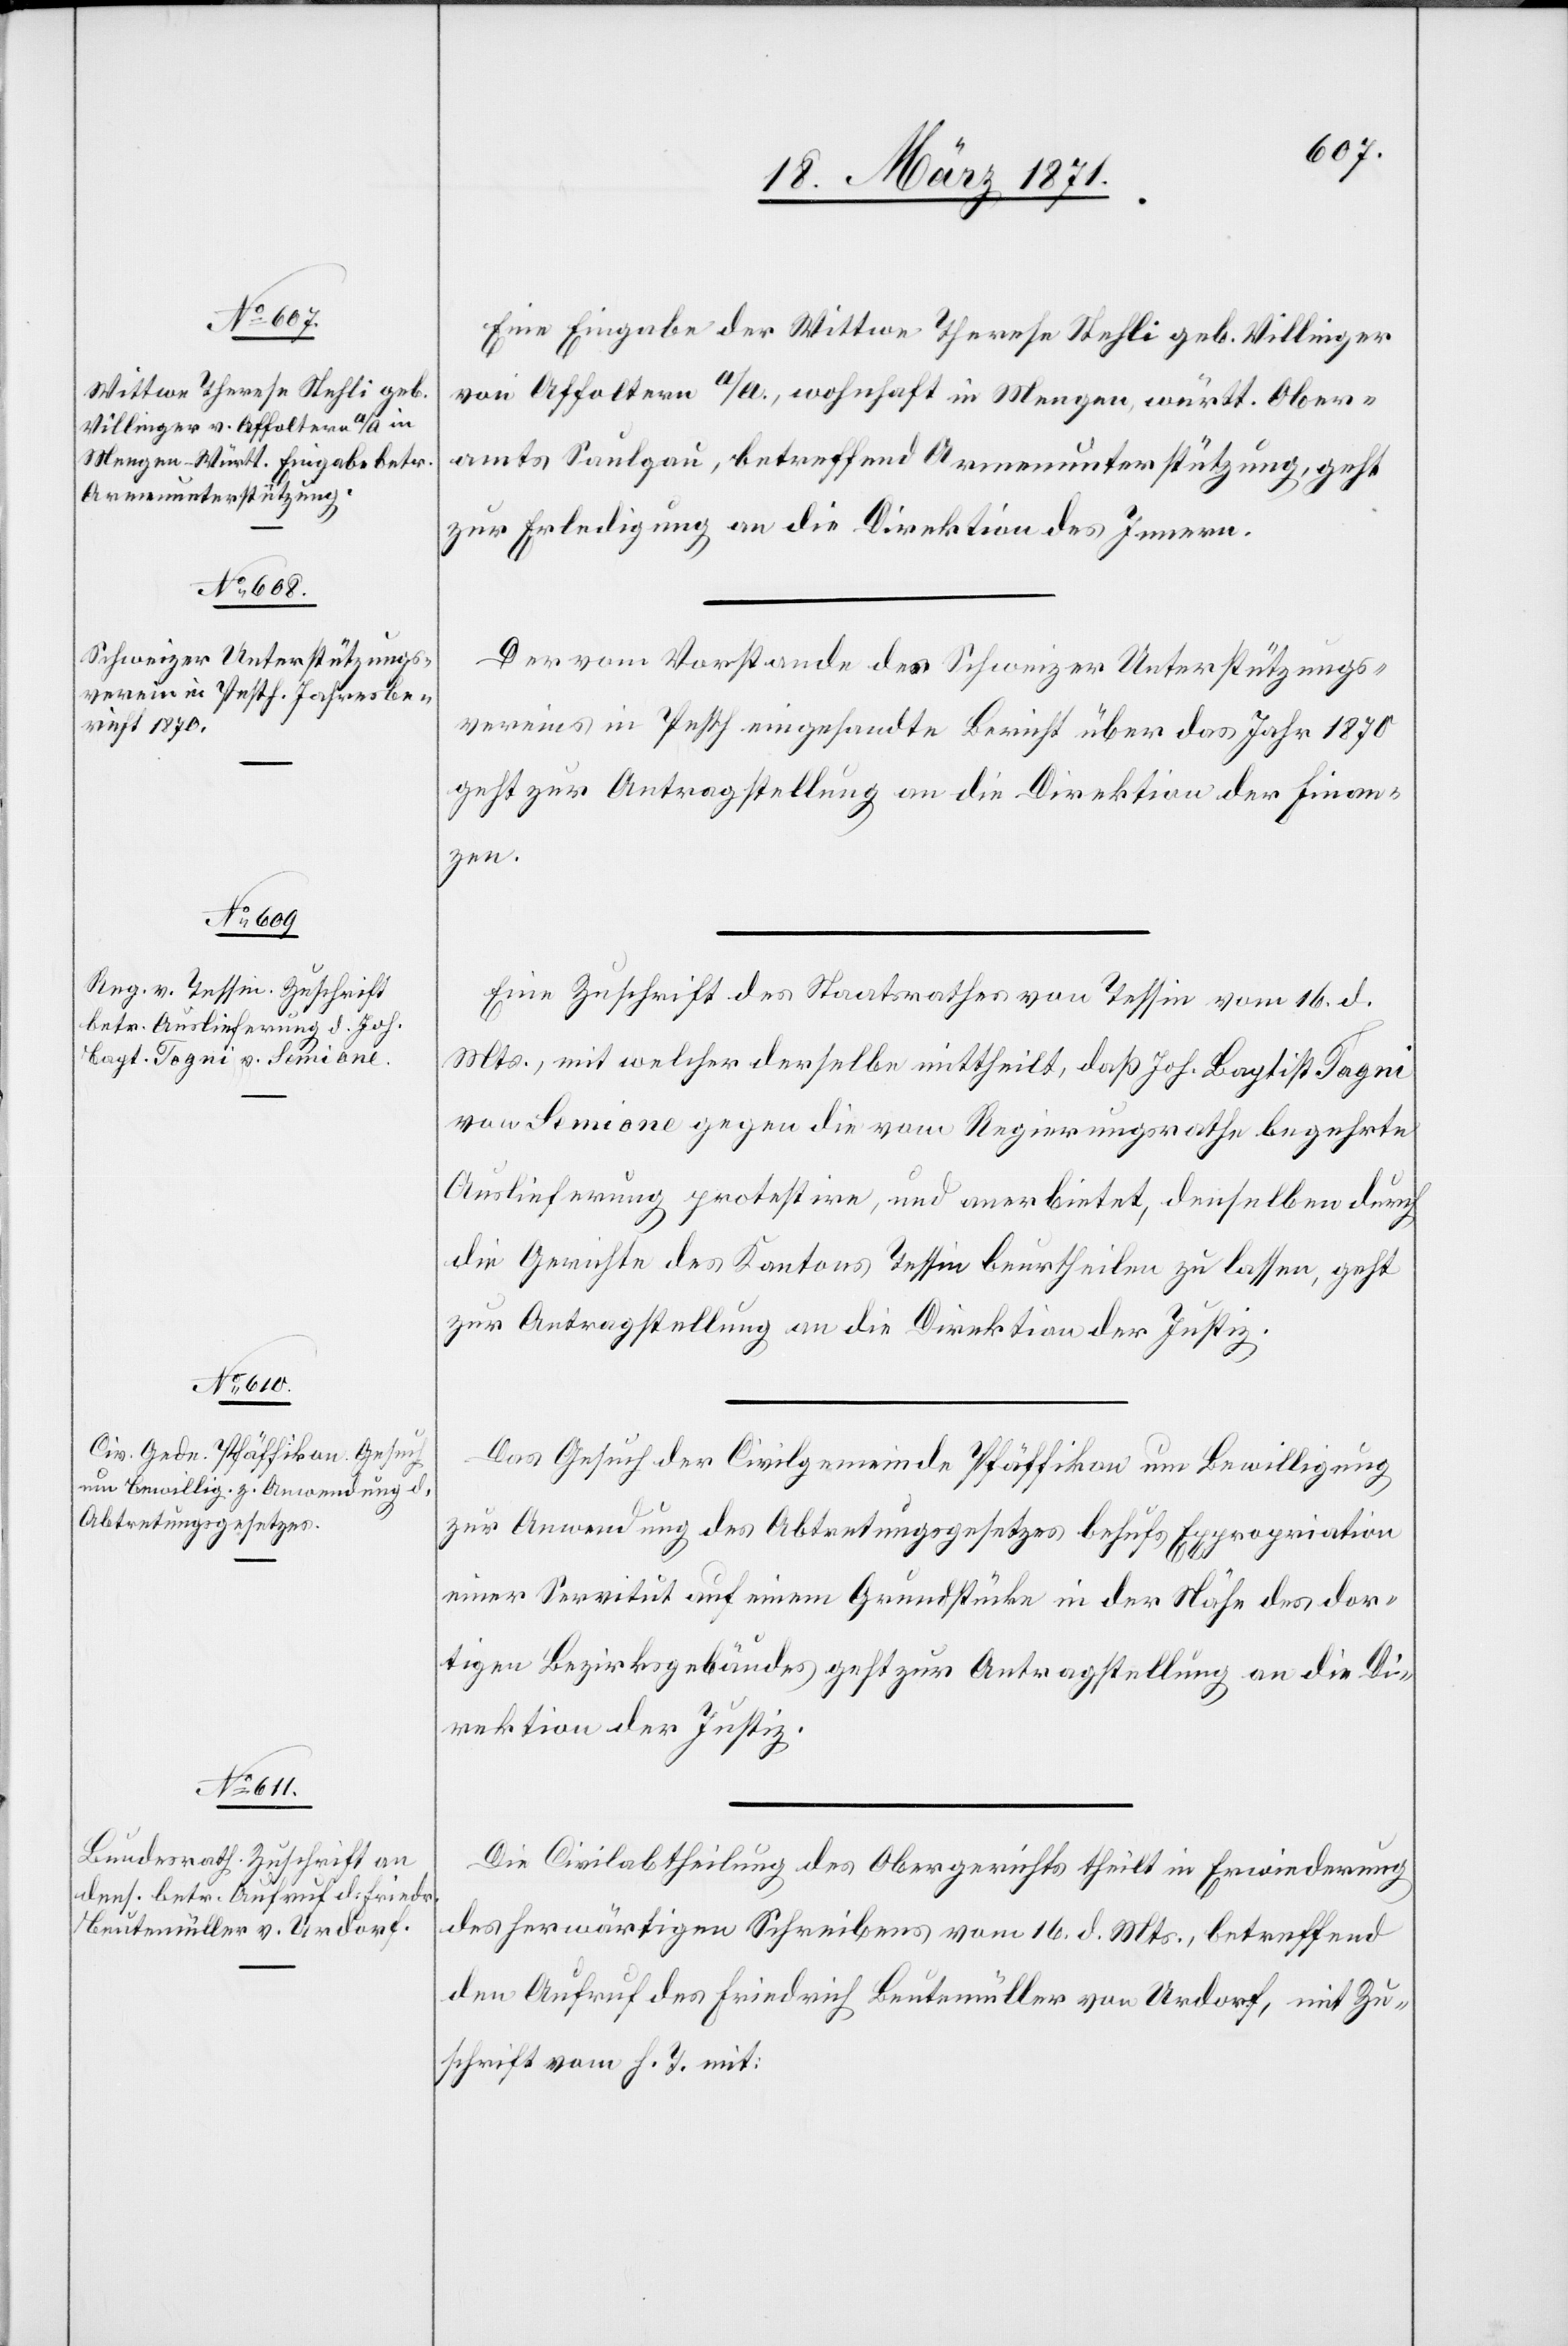
20. März 1871.]
Eine Eingabe der Wittwe Therese Stehli geb. Villinger
von Affoltern a/A., wohnhaft in Mengen, württ. Ober¬
amts Saulgau, betreffend Armenunterstützung, geht
zur Erledigung an die Direktion des Innern.
Der vom Vorstande des Schweizer Unterstützungs¬
vereins in Pesth eingesandte Bericht über das Jahr 1870
geht zur Antragstellung an die Direktion der Finan¬
zen.
Eine Zuschrift des Staatsrathes von Tessin vom 6. d.
Mts., mit welcher derselbe mittheilt, daß Joh. Baptist Togni
von Semione gegen die vom Regierungsrathe begehrte
Auslieferung protestire, und anerbietet, denselben durch
die Gerichte des Kantons Tessin beurtheilen zu lassen, geht
zur Antragstellung an die Direktion der Justiz.
Das Gesuch der Civilgemeinde Pfäffikon um Bewilligung
zur Anwendung des Abtretungsgesetzes behufs Expropriation
einer Servitut auf einem Grundstücke in der Nähe des dor¬
tigen Bezirksgebäudes geht zur Antragstellung an die Di¬
rektion der Justiz.
Die Civilabtheilung des Obergerichts theilt in Erwiederung
des herwärtigen Schreibens vom 16. d. Mts., betreffend
den Aufruf des Friedrich Beutemüller von Urdorf, mit Zu¬
schrift vom h. T. mit: